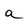
Character: a